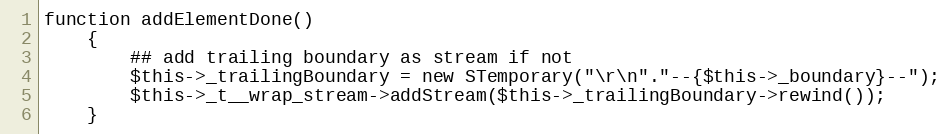
Language: PHP
function addElementDone()
    {
        ## add trailing boundary as stream if not
        $this->_trailingBoundary = new STemporary("\r\n"."--{$this->_boundary}--");
        $this->_t__wrap_stream->addStream($this->_trailingBoundary->rewind());
    }